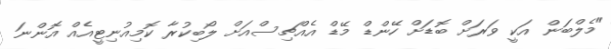
"މެލްބަން އަކީ ވަރަށް ބޮޑަށް ހޭންޑް މޭޑް އެއްޗިސްއަށް ލޯބިކުރާ ކޮމިއުނިޓީއެއް އޮންނަ